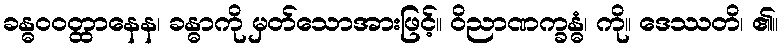
ခန္ဓဝဝတ္ထာနေန၊ ခန္ဓာကို မှတ်သောအားဖြင့်။ ဝိညာဏက္ခန္ဓံ၊ ကို။ ဒေဿတိ၊ ၏။